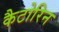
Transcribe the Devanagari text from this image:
कैटोरिन